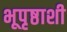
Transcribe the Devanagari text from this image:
भूपृष्ठाशी